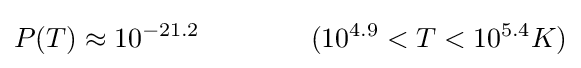
P(T)\approx 10^{-21.2}~~~~~~~~~~~~(10^{4.9}<T<10^{5.4}K)